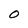
Character: O